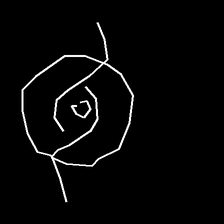
Glyph: repetition